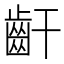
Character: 𪗙